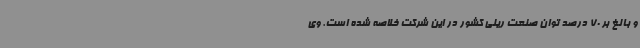
و بالغ بر 70 درصد توان صنعت ریلی کشور در این شرکت خلاصه شده است. وی